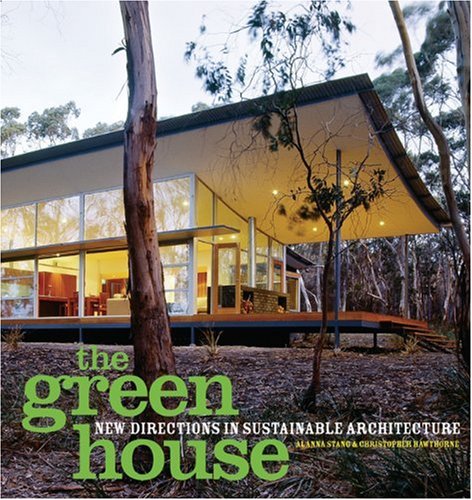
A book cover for The Green House: New Directions in Sustainable Architecture; Alanna Stang; Crafts, Hobbies & Home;